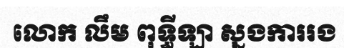
លោក លឹម ពុទ្ធីឡា ស្នងការរង